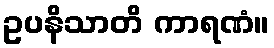
ဥပနိသာတိ ကာရဏံ။